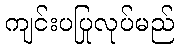
ကျင်းပပြုလုပ်မည်